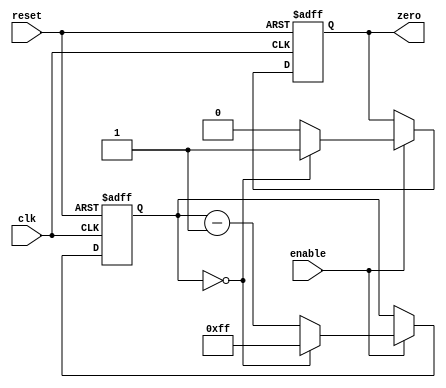
module binary_down_counter (
    input wire clk,
    input wire reset,
    input wire enable,
    output reg zero
);

reg [7:0] count;

always @(posedge clk or posedge reset) begin
    if (reset) begin
        count <= 8'b11111111; //initial value
        zero <= 0;
    end
    else if (enable) begin
        if (count == 8'b00000000) begin
            count <= 8'b11111111;
            zero <= 1;
        end
        else begin
            count <= count - 1;
            zero <= 0;
        end
    end
end

endmodule